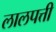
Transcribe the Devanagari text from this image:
लालपत्ती